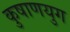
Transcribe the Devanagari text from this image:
कुषाणयुग